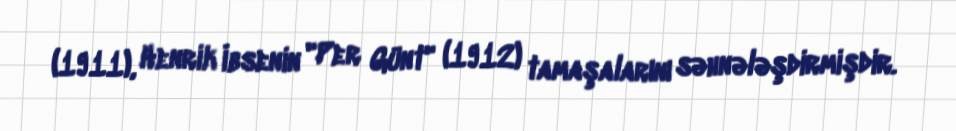
(1911), Henrik İbsenin "Per Günt" (1912) tamaşalarını səhnələşdirmişdir.